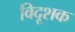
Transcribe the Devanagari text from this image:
विदूशक